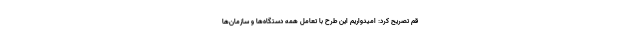
قم تصریح کرد: امیدواریم این طرح با تعامل همه دستگاه‌ها و سازمان‌ها